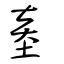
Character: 烾